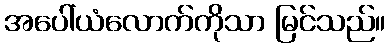
အပေါ်ယံလောက်ကိုသာ မြင်သည်။